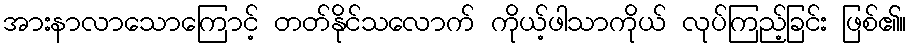
အားနာလာသောကြောင့် တတ်နိုင်သလောက် ကိုယ့်ဖါသာကိုယ် လုပ်ကြည့်ခြင်း ဖြစ်၏။